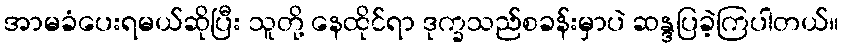
အာမခံပေးရမယ်ဆိုပြီး သူတို့ နေထိုင်ရာ ဒုက္ခသည်စခန်းမှာပဲ ဆန္ဒပြခဲ့ကြပါတယ်။